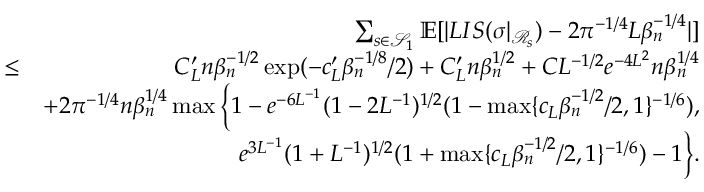
\begin{array} { r l r } & { } & { \sum _ { s \in \mathcal { S } _ { 1 } } \mathbb { E } [ | L I S ( \sigma | _ { \mathcal { R } _ { s } } ) - 2 \pi ^ { - 1 \slash 4 } L \beta _ { n } ^ { - 1 \slash 4 } | ] } \\ & { \leq } & { C _ { L } ^ { \prime } n \beta _ { n } ^ { - 1 \slash 2 } \exp ( - c _ { L } ^ { \prime } \beta _ { n } ^ { - 1 \slash 8 } \slash 2 ) + C _ { L } ^ { \prime } n \beta _ { n } ^ { 1 \slash 2 } + C L ^ { - 1 \slash 2 } e ^ { - 4 L ^ { 2 } } n \beta _ { n } ^ { 1 \slash 4 } } \\ & { } & { + 2 \pi ^ { - 1 \slash 4 } n \beta _ { n } ^ { 1 \slash 4 } \operatorname* { m a x } \Big \{ 1 - e ^ { - 6 L ^ { - 1 } } ( 1 - 2 L ^ { - 1 } ) ^ { 1 \slash 2 } ( 1 - \operatorname* { m a x } \{ c _ { L } \beta _ { n } ^ { - 1 \slash 2 } \slash 2 , 1 \} ^ { - 1 \slash 6 } ) , } \\ & { } & { \quad \quad \quad \quad \quad \quad e ^ { 3 L ^ { - 1 } } ( 1 + L ^ { - 1 } ) ^ { 1 \slash 2 } ( 1 + \operatorname* { m a x } \{ c _ { L } \beta _ { n } ^ { - 1 \slash 2 } \slash 2 , 1 \} ^ { - 1 \slash 6 } ) - 1 \Big \} . } \end{array}